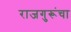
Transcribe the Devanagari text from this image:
राजगुरूंचा